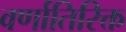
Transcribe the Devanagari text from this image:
वर्णातिरिक्त